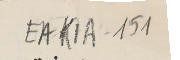
EAK1A-151